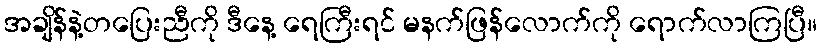
အချိန်နဲ့တပြေးညီကို ဒီနေ့ ရေကြီးရင် မနက်ဖြန်လောက်ကို ရောက်လာကြပြီ။